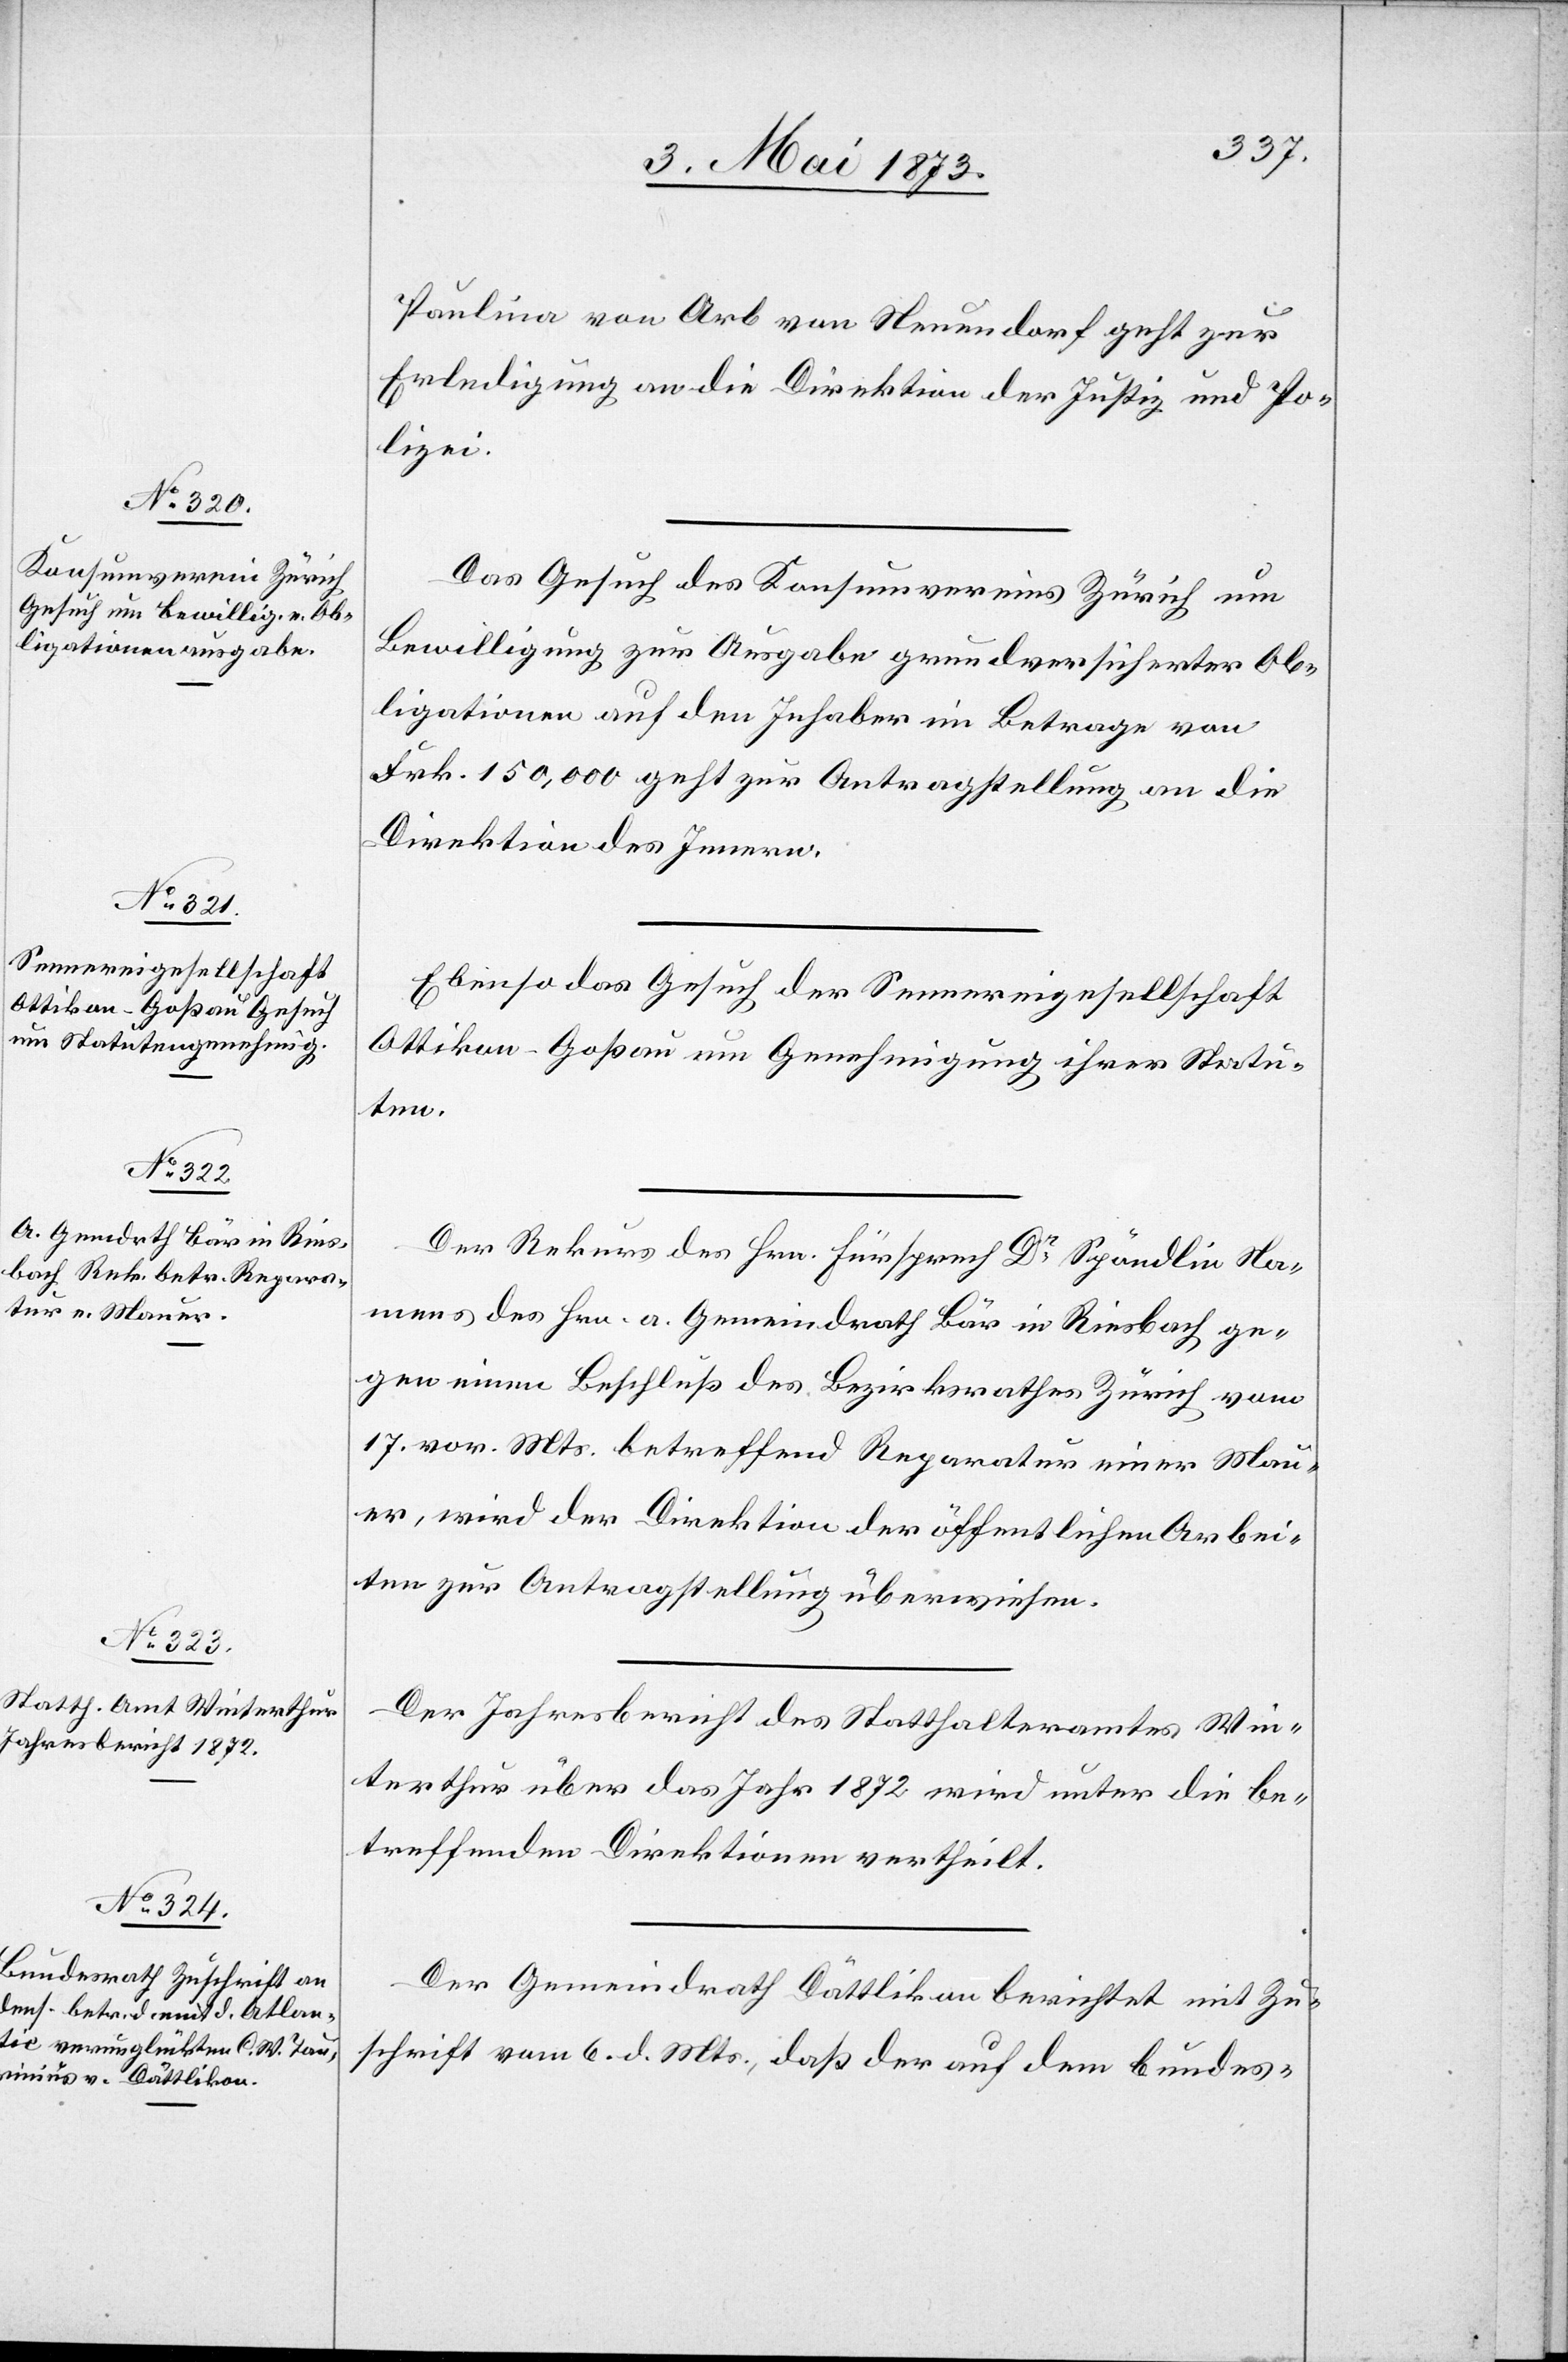
8. Mai 1873.]
Paulina von Arb von Neuendorf geht zur
Erledigung an die Direktion der Justiz und Po¬
lizei.
Das Gesuch des Konsumvereins Zürich um
Bewilligung zur Ausgabe grundversicherter Ob¬
ligationen auf den Inhaber im Betrage von
Frk. 150,000 geht zur Antragstellung an die
Direktion des Innern.
Ebenso das Gesuch der Sennereigesellschaft
Ottikon-Goßau um Genehmigung ihrer Statu¬
ten.
Der Rekurs des Hrn. Fürsprech Dr Spöndlin Na¬
mens des Hrn. a. Gemeindrath Bär in Riesbach ge¬
gen einen Beschluß des Bezirksrathes Zürich vom
17. vor. Mts. betreffend Reparatur einer Mau¬
er, wird der Direktion der öffentlichen Arbei¬
ten zur Antragstellung überwiesen.
Der Jahresbericht des Statthalteramtes Win¬
terthur über das Jahr 1872 wird unter die be¬
treffenden Direktionen vertheilt.
Der Gemeindrath Dättlikon berichtet mit Zu¬
schrift vom 6. d. Mts., daß der auf dem Bundes-